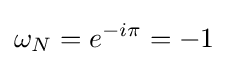
\omega _{N}=e^{-i\pi }=-1